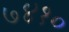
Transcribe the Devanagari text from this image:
७४१०